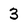
Character: 3